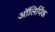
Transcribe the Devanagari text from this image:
ऑलिपिंक